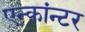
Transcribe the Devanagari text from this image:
एन्कांन्टर